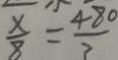
\frac { x } { 8 } = \frac { 4 8 0 } { 7 }